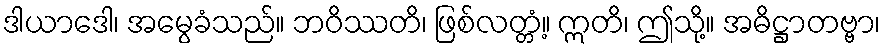
ဒါယာဒေါ၊ အမွေခံသည်။ ဘဝိဿတိ၊ ဖြစ်လတ္တံ့။ ဣတိ၊ ဤသို့။ အဓိဋ္ဌာတဗ္ဗာ၊